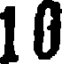
10